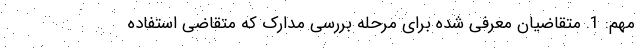
مهم: 1. متقاضیان معرفی شده برای مرحله بررسی مدارک که متقاضی استفاده